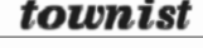
townist